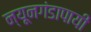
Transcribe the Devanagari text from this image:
न्यूनगंडापायी